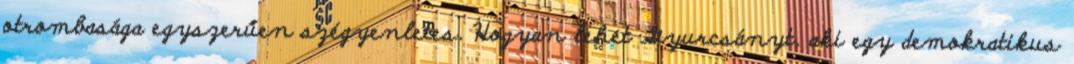
otrombasága egyszerűen szégyenletes. Hogyan lehet Gyurcsányt, aki egy demokratikus